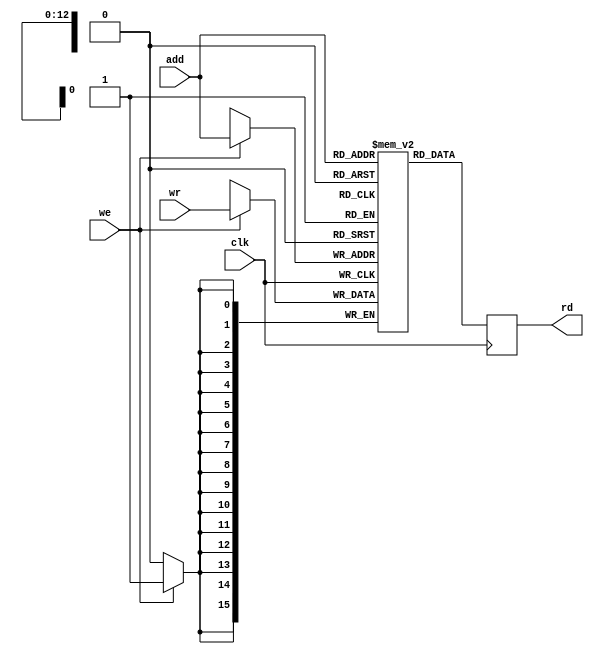
module reg_array_single(clk, we, add, wr, rd);

	// Parameter Definitions
	
	parameter width = 'd16; // Register Array Width
	parameter depth = 'd8192; // Register Array Depth
	parameter add_width = 'd13; // Register Addressing Width

	// Inputs

	input wire clk /* System Clock */; // Management Interfaces
	input wire we /* Write Enable */; // Control Interfaces
	input wire [add_width-1:0] add /* Address */;
	input wire [width-1:0] wr /* Write Port */;
	
	// Outputs
	
	output reg [width-1:0] rd /* Read Port */;

	// Internal

	reg [width-1:0] mem_arr [0:depth-1] /* Two-dimensional Memory Array (Width-Depth Matrix) */;

	// Memory Read Block

	always@(posedge clk) begin
		rd [width-1:0] <= mem_arr[add] [width-1:0]; // Assigns Port Read Storage Register the value of memory at add if re is true and we is false.
	end

	// Memory Write Block

	always@(posedge clk) begin
		if(we) mem_arr[add] [width-1:0] <= wr [width-1:0]; // Writes to memory at add the value at Port if we is true.
	end

endmodule